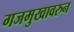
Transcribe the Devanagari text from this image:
गजमुखावरुन